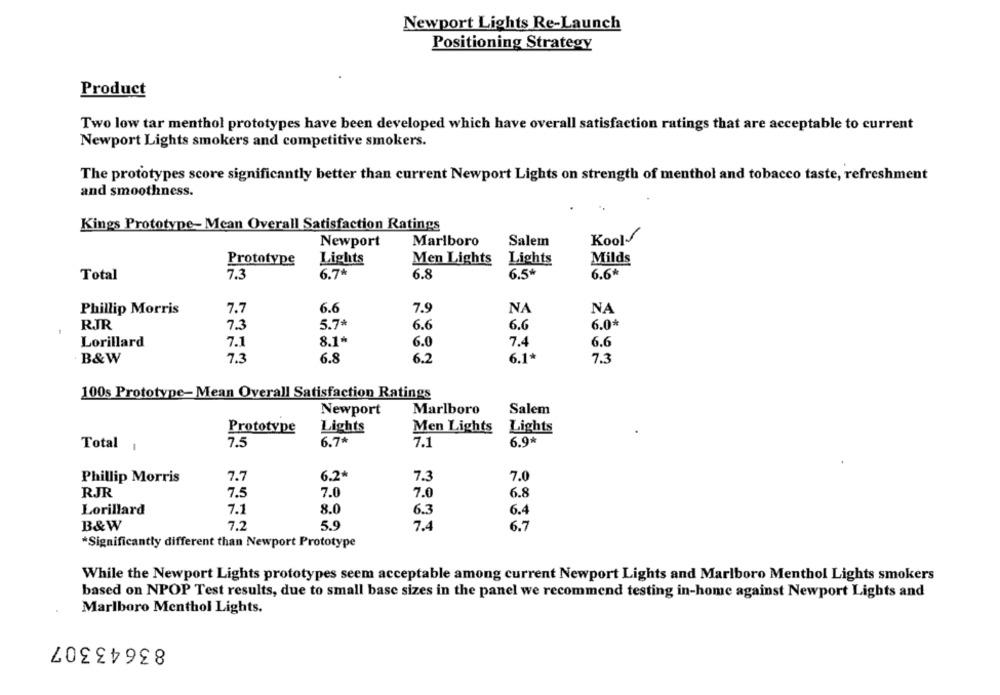
Newport Lights Re-Launch
Positioning Strategy
Product
Two low tar menthol prototypes have been developed which have overall satisfaction ratings that are acceptable to current
Newport Lights smokers and competitive smokers.
The prototypes score significantly better than current Newport Lights on strength of menthol and tobacco taste, refreshment
and smoothness.
Kings Prototype- Mcan Overall Satisfaction Ratings
Marlboro
Salem
Kool
Newport
Prototype
Lights
Men Lights
Lights
Milds
Total
7.3
6.7*
6.8
6.5*
6.6*
Phillip Morris
7.7
6.6
7.9
NA
NA
RJR
7.3
5.7*
6.6
6.6
6.0%
8.1*
Lorillard
7.1
6.0
7.4
6.6
B&W
7.3
6.8
6.2
6.1*
7.3
100s Prototype- Mean Overall Satisfaction Ratings
Salem
Newport
Marlboro
Prototype
Lights
Men Lights
Lights
7.5
6.7^
7.1
6.9*
Total :
Phillip Morris
7.7
6.2*
7.3
7.0
RJR
7.5
7.0
7.0
6.8
Lorillard
7.1
8.0
6.3
6.4
B&W
7.2
5.9
7.4
6.7
*Significantly different than Newport Prototype
While the Newport Lights prototypes seem acceptable among current Newport Lights and Marlboro Menthol Lights smokers
based on NPOP Test results, due to small base sizes in the panel we recommend testing in-home against Newport Lights and
Marlboro Menthol Lights.
83643307